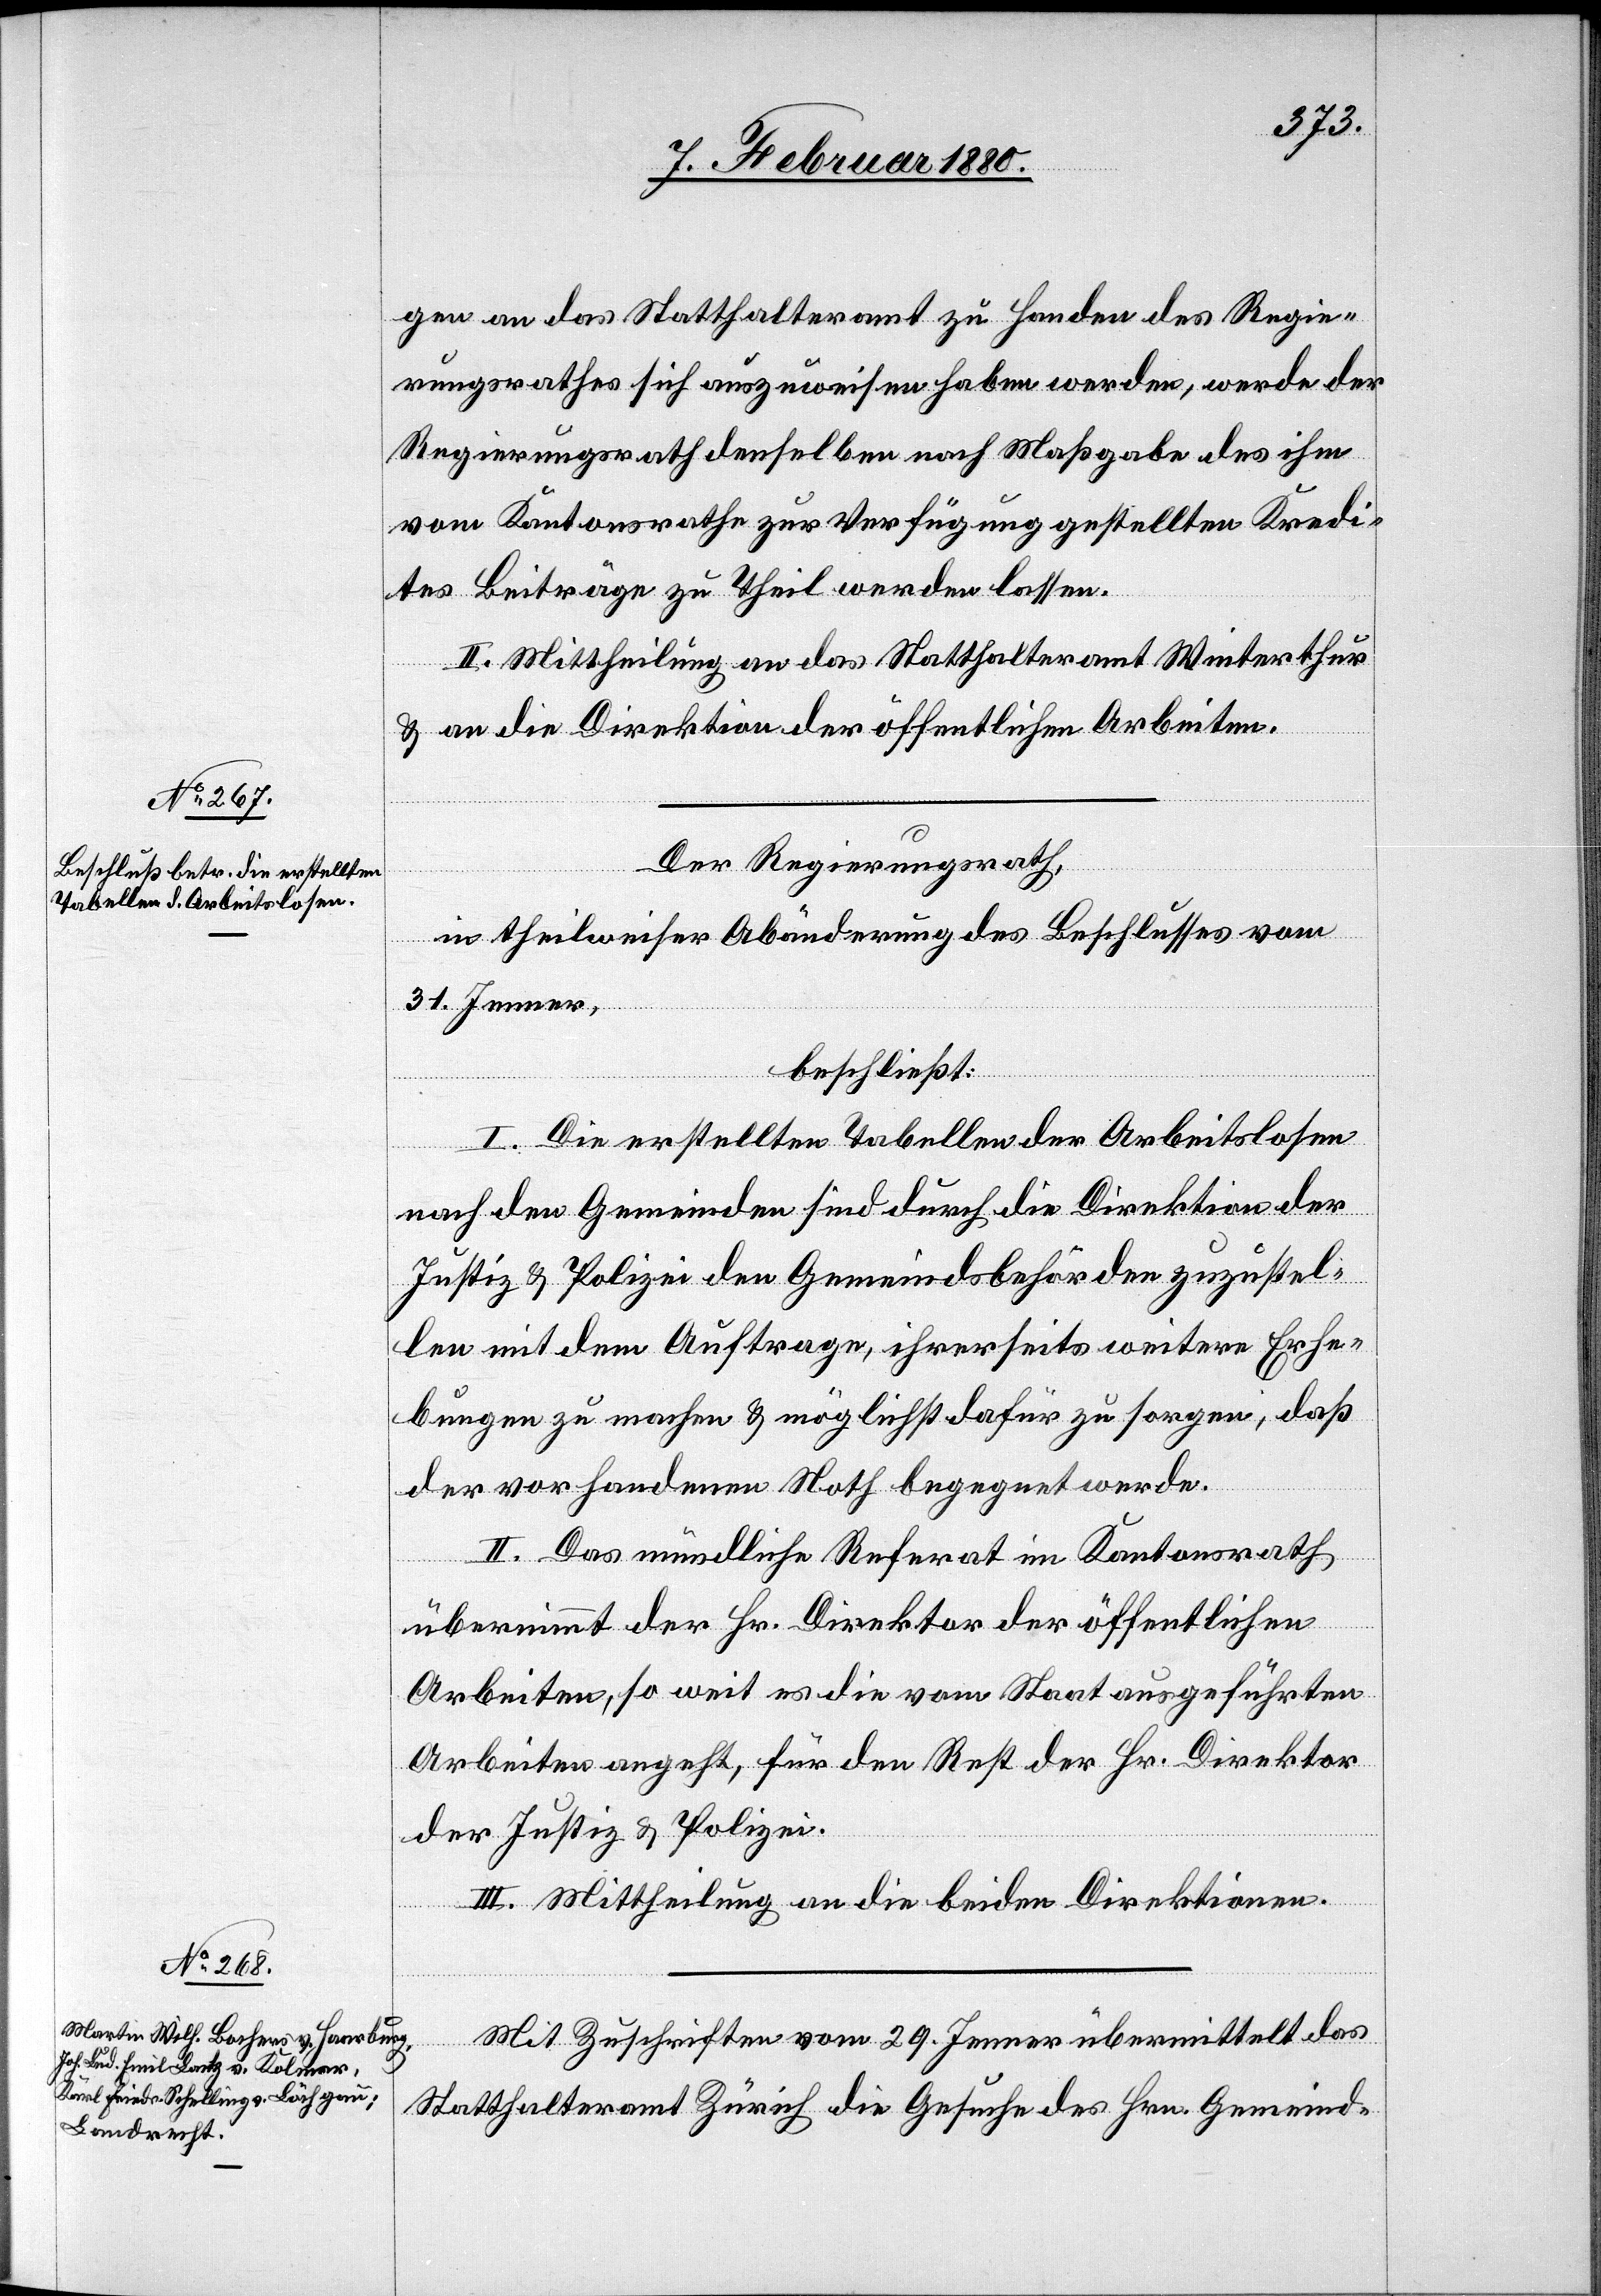
gen an das Statthalteramt zu Handen des Regie¬
rungsrathes sich auszuweisen haben werden, werde der
Regierungsrath denselben nach Maßgabe des ihm
vom Kantonsrathe zur Verfügung gestellten Kredi¬
tes Beiträge zu Theil werden lassen.
II. Mittheilung an das Statthalteramt Winterthur
& an die Direktion der öffentlichen Arbeiten.
Der Regierungsrath,
in theilweiser Abänderung des Beschlusses vom
31. Jenner,
beschließt:
I. Die erstellten Tabellen der Arbeitslosen
nach den Gemeinden sind durch die Direktion der
Justiz & Polizei den Gemeindsbehörden zuzustel¬
len mit dem Auftrage, ihrerseits weitere Erhe¬
bungen zu machen & möglichst dafür zu sorgen, daß
der vorhandenen Noth begegnet werde.
II. Das mündliche Referat im Kantonsrath
übernimmt der Hr. Direktor der öffentlichen
Arbeiten, so weit es die vom Staat ausgeführten
Arbeiten angeht, für den Rest der Hr. Direktor
der Justiz & Polizei.
III. Mittheilung an die beiden Direktionen.
Mit Zuschriften vom 29. Jenner übermittelt das
Statthalteramt Zürich die Gesuche des Hrn. Gemeind-